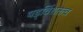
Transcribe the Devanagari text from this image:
षड्विंशतत्व